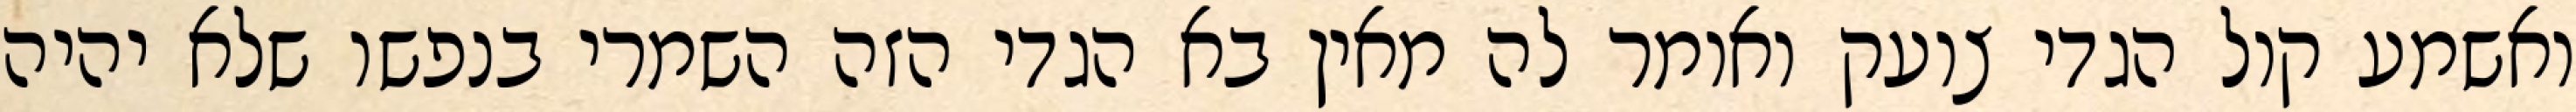
ואשמע קול הגדי צועק ואומר לה מאין בא הגדי הזה השמרי בנפשו שלא יהיה